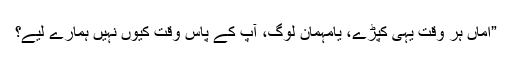
”اماں ہر وقت یہی کپڑے، یامہمان لوگ، آپ کے پاس وقت کیوں نہیں ہمارے لیے؟